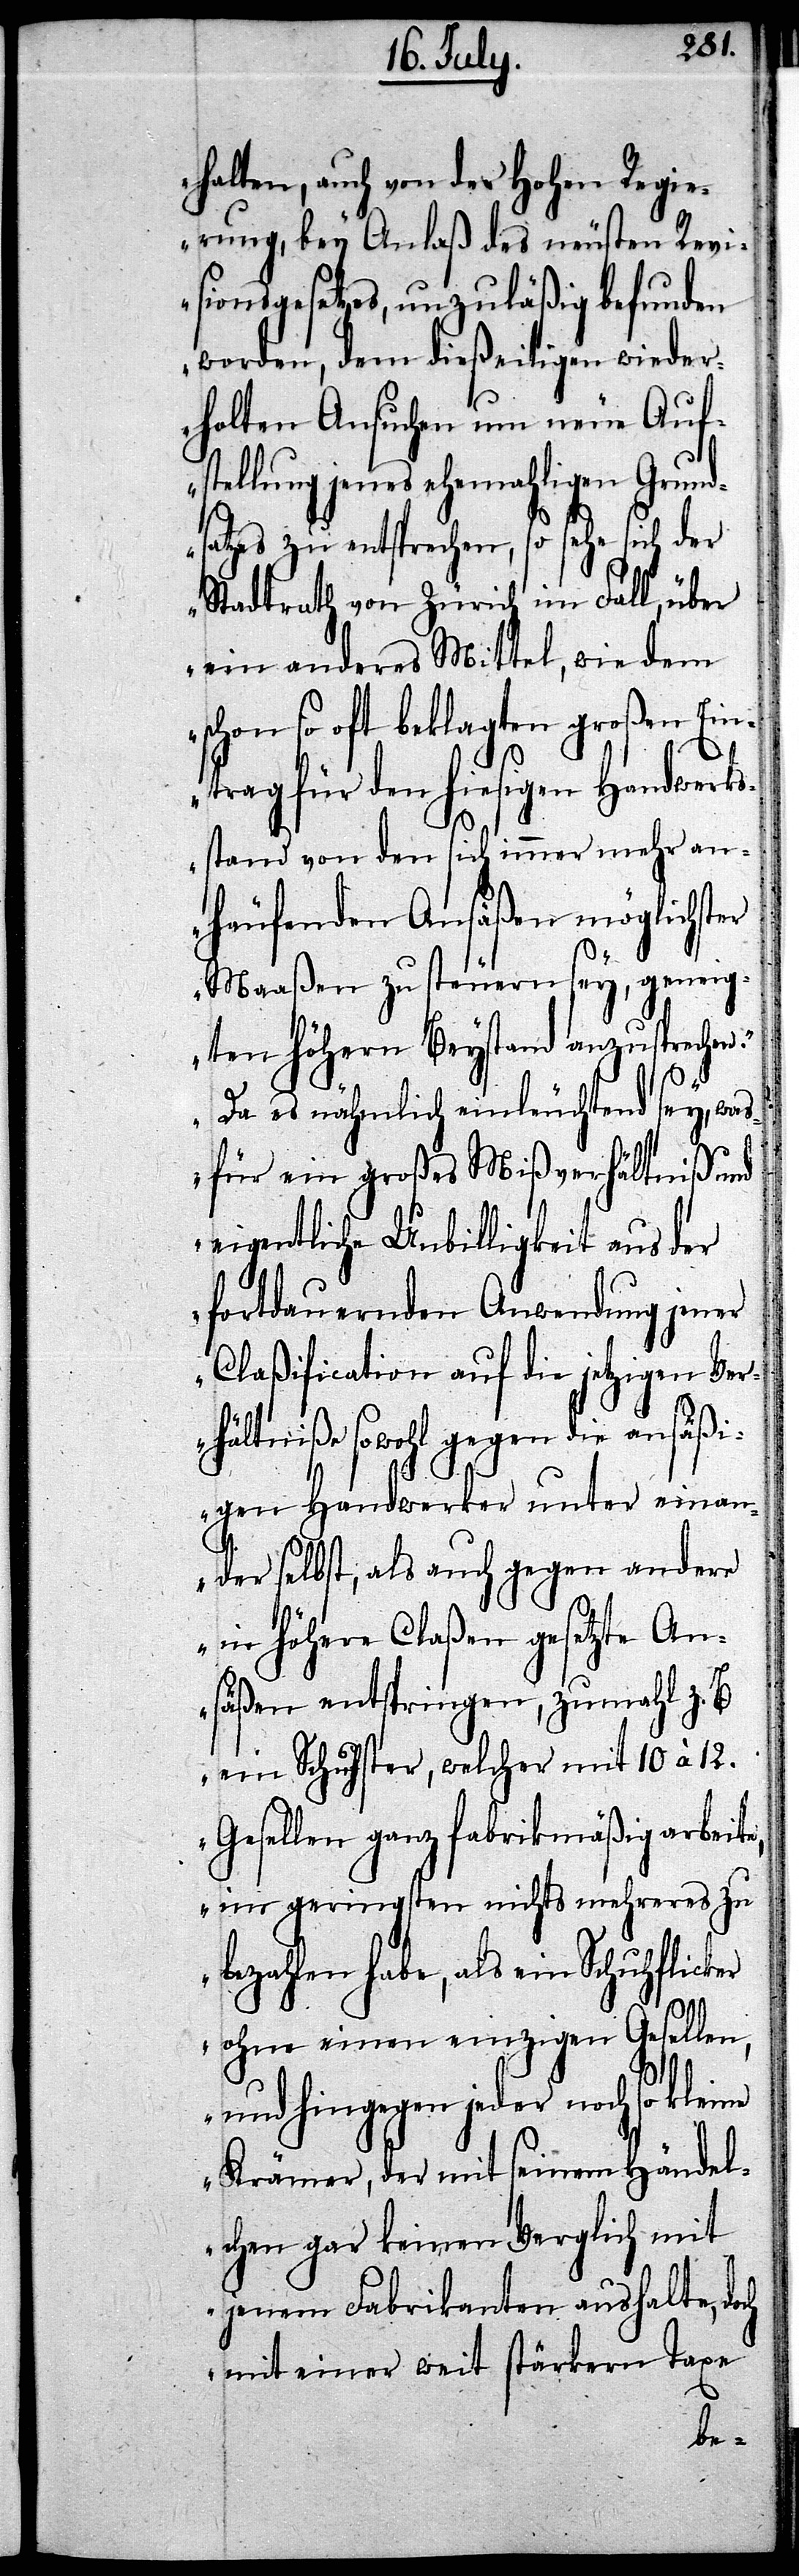
halten, auch von der Hohen Regie¬
rung, bey Anlaß des neusten Revi¬
sionsgesetzes, unzuläßig befunden
worden, dem dießeitigen wieder¬
holten Ansuchen um neue Auf¬
stellung jenes ehemahligen Grund¬
satzes zu entsprechen, so sehe sich der
Stadtrath von Zürich im Fall, über
ein anderes Mittel, wie dem
schon so oft beklagten großen Ein¬
trag für den hiesigen Handwerks¬
stand von den sich immer mehr an¬
häufenden Ansäßen möglichster
Maaßen zu steuern sey, geneig¬
ten höhern Beystand anzusprechen.“
„Da es nähmlich einleuchtend sey, was
für ein großes Mißverhältniß und
eigentliche Unbilligkeit aus der
fortdauernden Anwendung jener
Claßification auf die jetzigen Ver¬
hältniße sowohl gegen die ansäßi¬
gen Handwerker unter einan¬
der selbst, als auch gegen andere
in höhere Claßen gesetzte An¬
säßen entspringen, zumahl z. B.
ein Schuster, welcher mit 10 à 12.
Gesellen ganz fabrikmäßig arbeite,
im geringsten nichts mehreres zu
bezahlen habe, als ein Schuhflicker
ohne einen einzigen Gesellen,
und hingegen jeder noch so
Krämer, der mit seinem Händel¬
chen gar keinen Verglich mit
jenem Fabrikanten aushalte, doch
mit einer weit stärkern Taxe